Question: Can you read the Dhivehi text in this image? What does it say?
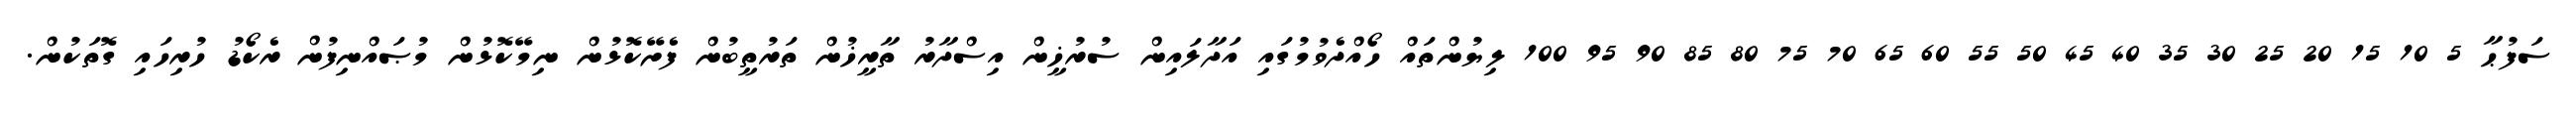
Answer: ސަފުޙާ 5 10 15 20 25 30 35 40 45 50 55 60 65 70 75 80 85 90 95 100 ލިޔުންތައް ހޯއްދެވުމުގައި އަދާލައިން ސުރުޚީން އިސްދާރު ތާރީޚުން ތަރުތީބުން ފެށޭކޮޅުން ނިމޭކޮޅުން މުޞައްނިފުން ރެކޯޑު ހުރިހައި ގޮތަކުން.